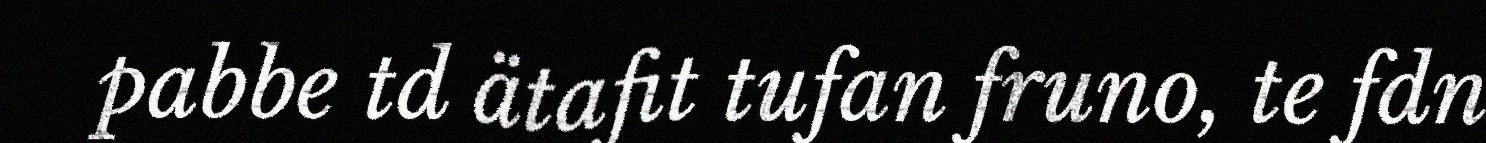
pabbe td ätafit tufan fruno, te fdn